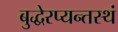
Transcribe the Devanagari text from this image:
बुद्धेरप्यन्तस्थं